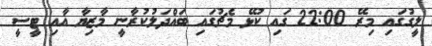
ލީގުގައި މިރޭ 22:00 ގައި ކުޅޭ މެޗުގައި ބައްދަލުކުރާނީ މާޒިޔާ އާއި ޓީސީ